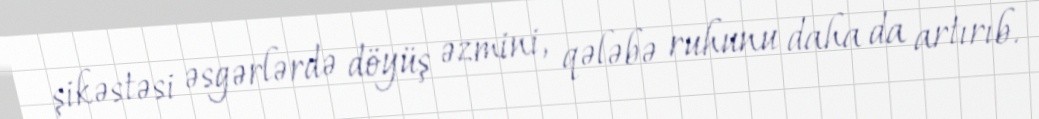
şikəstəsi əsgərlərdə döyüş əzmini, qələbə ruhunu daha da artırıb.